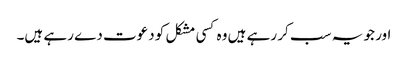
اور جو یہ سب کر رہے ہیں وہ کسی مشکل کو دعوت دے رہے ہیں۔